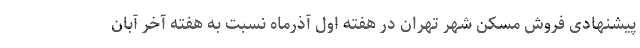
پیشنهادی فروش مسکن شهر تهران در هفته اول آذرماه نسبت به هفته آخر آبان